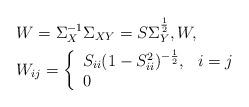
LaTeX: \begin{align*}& W = \Sigma_X^{-1}\Sigma_{XY} = S\Sigma_Y^{1\over 2}, W ,\\& W_{ij} = \left\{\begin{array}{ll}S_{ii}(1 - S_{ii}^2)^{-{1\over 2}}, & i=j\\0 & \end{array}\right.\end{align*}